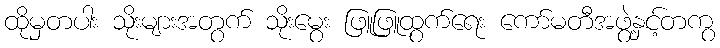
ထိုမှတပါး သိုးများအတွက် သိုးမွေး ဖြူဖြူထွက်ရေး ကော်မတီအဖွဲ့နှင့်တကွ